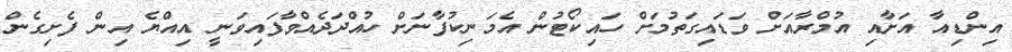
އިންޑިއާ އަށާއި އުމްރާއަށް ވަޑައިގަތުމަށް ހައިކޯޓުން އެމަނިކުފާނަށް ހުއްދަދެއްވާފައިވަނީ އިއްޔެ އިން ފެށިގެން